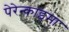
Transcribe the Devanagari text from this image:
पेरेन्काइमा